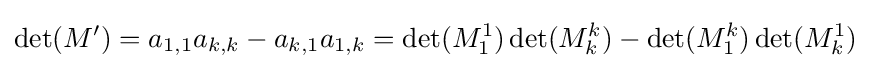
\det(M')=a_{1,1}a_{k,k}-a_{k,1}a_{1,k}=\det(M_{1}^{1})\det(M_{k}^{k})-\det(M_{1}^{k})\det(M_{k}^{1})